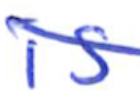
Text: is
Cross-out: diagonal
Writing tool: ballpoint